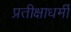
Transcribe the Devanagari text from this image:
प्रतीक्षाधर्मी